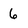
Character: 6